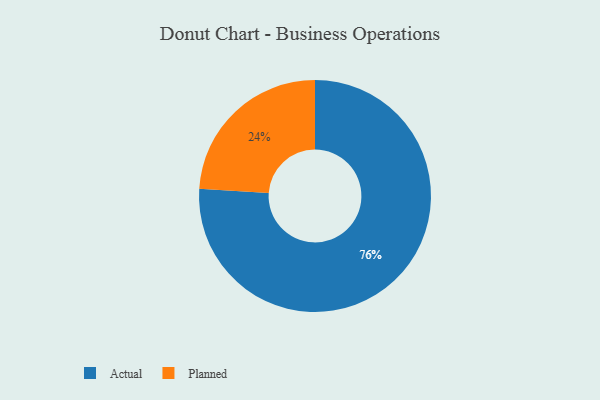
{"axis": {"x": "Category", "y": "Percentage"}, "legend": ["Actual", "Planned"], "data": [{"x": "Planned", "y": 24, "type": "Planned"}, {"x": "Actual", "y": 76, "type": "Actual"}]}